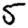
Digit: 5